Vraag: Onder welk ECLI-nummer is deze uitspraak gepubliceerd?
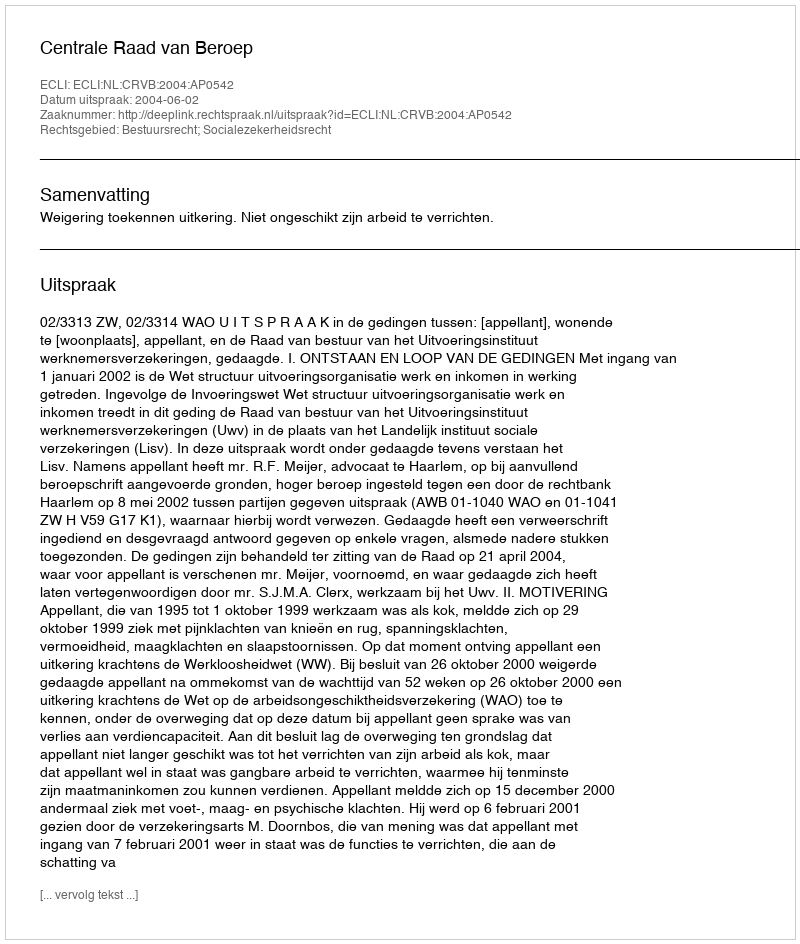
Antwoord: ECLI:NL:CRVB:2004:AP0542